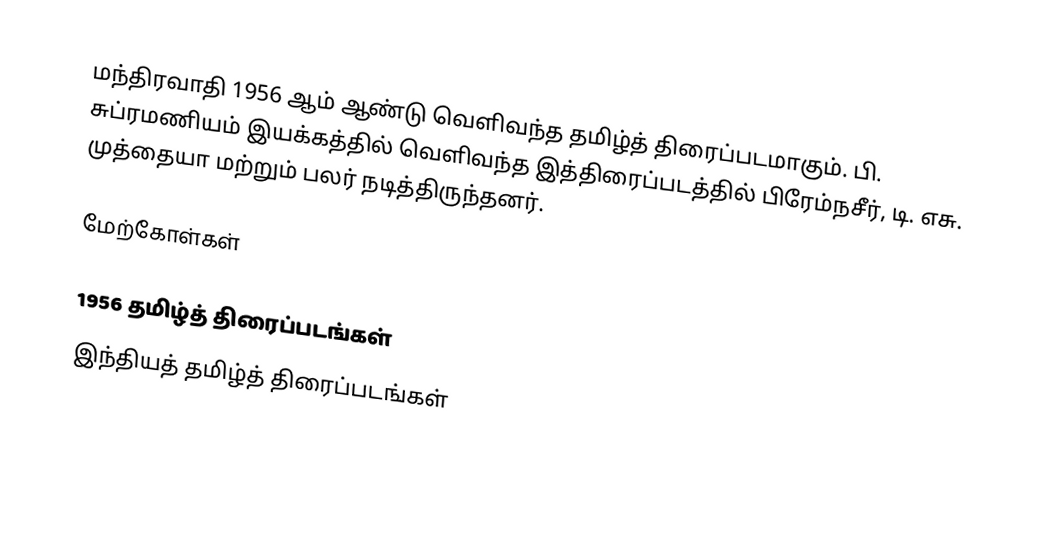
மந்திரவாதி 1956 ஆம் ஆண்டு வெளிவந்த தமிழ்த் திரைப்படமாகும். பி. சுப்ரமணியம் இயக்கத்தில் வெளிவந்த இத்திரைப்படத்தில் பிரேம்நசீர், டி. எசு. முத்தையா மற்றும் பலர் நடித்திருந்தனர்.

மேற்கோள்கள்

1956 தமிழ்த் திரைப்படங்கள்
இந்தியத் தமிழ்த் திரைப்படங்கள்